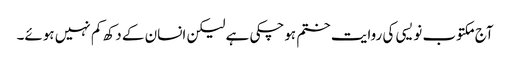
آج مکتوب نویسی کی روایت ختم ہوچکی ہے لیکن انسان کے دکھ کم نہیں ہوئے۔